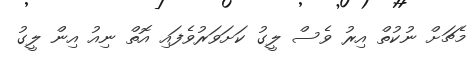
މެޗަށް ނުކުތް އިރު ވެސް ލީގު ކަށަވަރުވެފައި އޮތް ނިއު އިން ލީގު